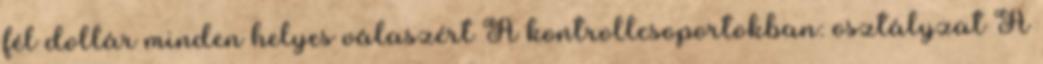
fél dollár minden helyes válaszért A kontrollcsoportokban: osztályzat A